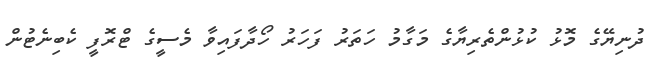
ދުނިޔޭގެ މޮޅު ކުޅުންތެރިޔާގެ މަގާމު ހަތަރު ފަހަރު ހޯދާފައިވާ މެސީގެ ޓްރޮފީ ކެބިނެޓުން